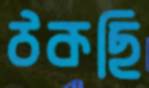
ঠকছি